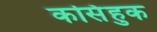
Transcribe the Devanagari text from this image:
कसिंहुक